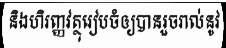
និងហិរញ្ញវត្ថុរៀបចំឲ្យបានរួចរាល់នូវ